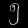
Digit: ၅